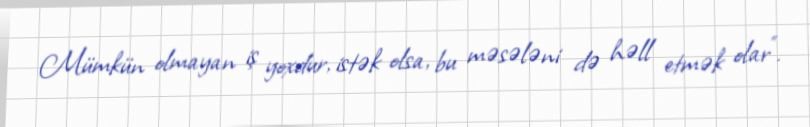
Mümkün olmayan iş yoxdur, istək olsa, bu məsələni də həll etmək olar”.